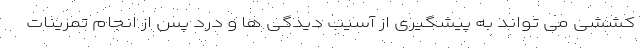
کششی می تواند به پیشگیری از آسیب دیدگی ها و درد پس از انجام تمرینات